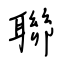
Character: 聯